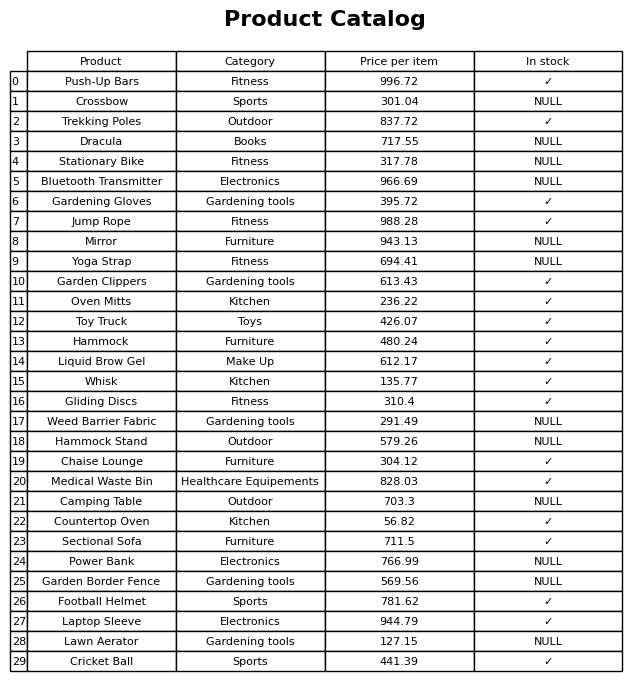
question: What is the price of the Laptop Sleeve?
answer: The price of Laptop Sleeve is 944.79.